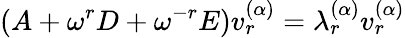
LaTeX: (A+\omega^{r}D+\omega^{-r}E)v_{r}^{(\alpha)}=\lambda_{r}^{(\alpha)}v_{r}^{(\alpha)}